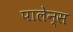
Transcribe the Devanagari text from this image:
पालेन्स